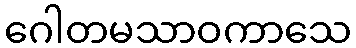
ဂေါတမသာဝကာသေ